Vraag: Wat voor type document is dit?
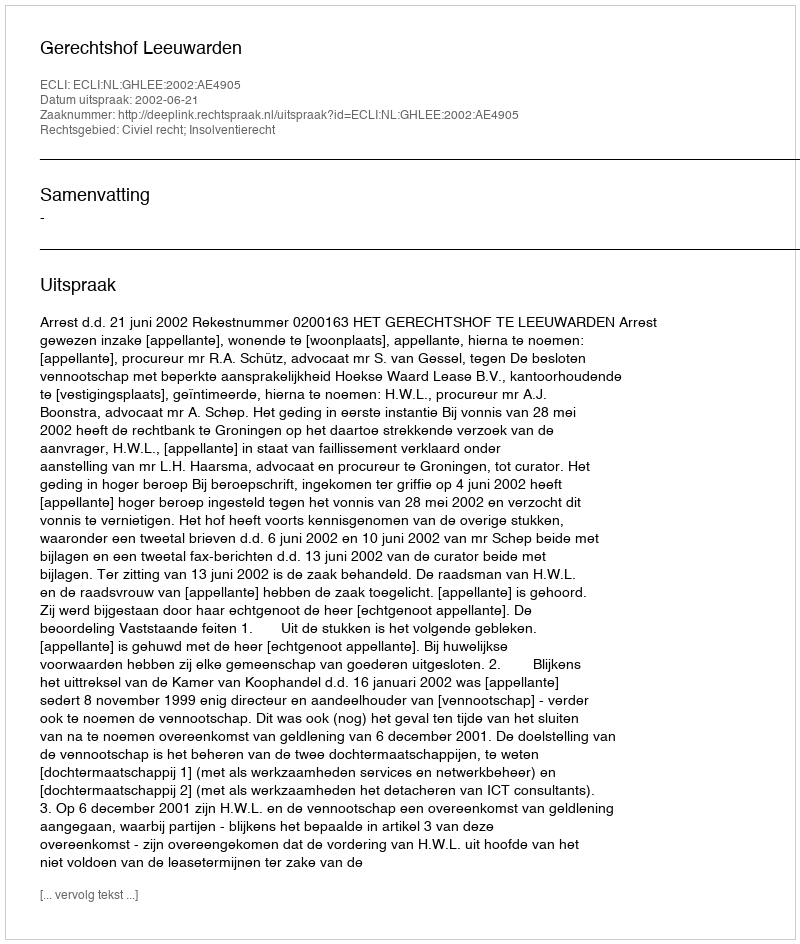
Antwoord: Uitspraak